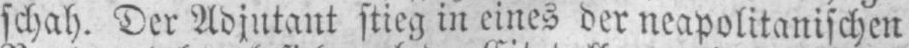
schah. Der Adjutant stieg in eines der neapolitanischen